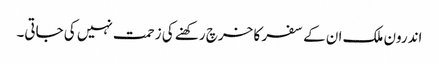
اندرون ملک ان کے سفر کا خرچ رکھنے کی زحمت نہیں کی جاتی۔